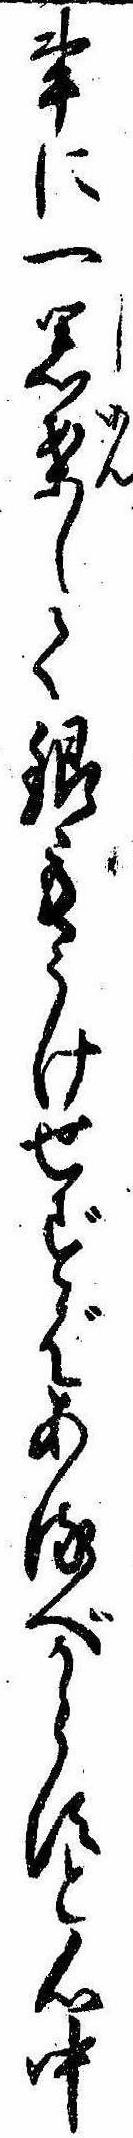
事に一思案して銀もうけせずばあるべからすと心中